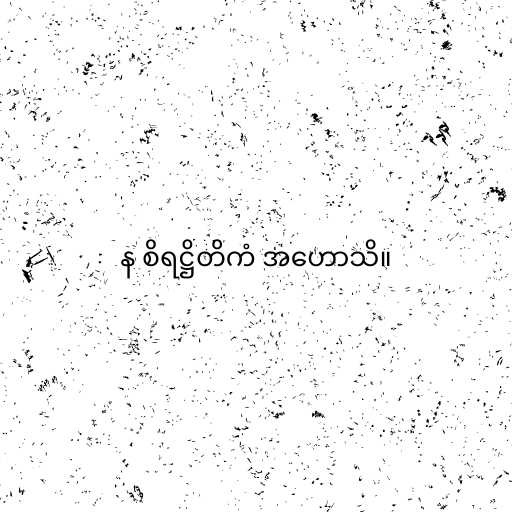
န စိရဋ္ဌိတိကံ အဟောသိ။